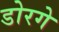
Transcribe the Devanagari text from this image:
डोरगे